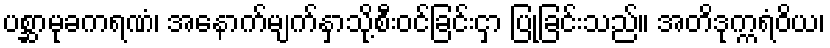
ပစ္ဆာမုခကရဏံ၊ အနောက်မျက်နှာသို့စီးဝင်ခြင်းငှာ ပြုခြင်းသည်။ အတိဒုက္ကရံဝိယ၊